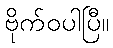
ဗိုက်ဝပါပြီ။